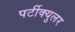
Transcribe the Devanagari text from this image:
पर्टीक्युलर